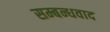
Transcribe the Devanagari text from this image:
सम्बन्धवाद